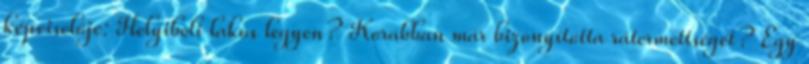
képviselője: Helyibeli lakos legyen? Korábban már bizonyította rátermettségét? Egy